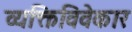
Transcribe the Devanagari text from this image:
व्यक्तिविवेकार